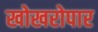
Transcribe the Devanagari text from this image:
खोखरोपार